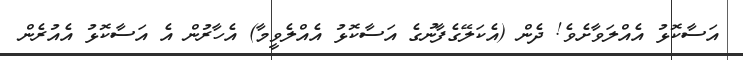
އަސާކޮޅު އެއްލަވާށެވެ! ދެން (އެކަލޭގެފާނުގެ އަސާކޮޅު އެއްލެވީމާ) އެހާރުން އެ އަސާކޮޅު އެއުރެން